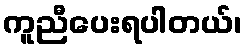
ကူညီပေးရပါတယ်၊